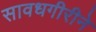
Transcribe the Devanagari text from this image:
सावधगीरीने